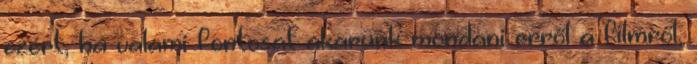
ezért, ha valami fontosat akarunk mondani erről a filmről,